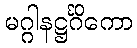
မဂ္ဂါနဋ္ဌင်္ဂိကော